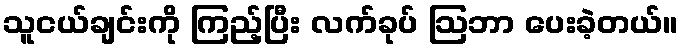
သူငယ်ချင်းကို ကြည့်ပြီး လက်ခုပ် ဩဘာ ပေးခဲ့တယ်။